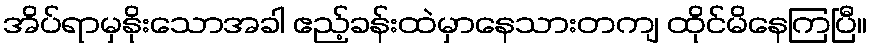
အိပ်ရာမှနိုးသောအခါ ဧည့်ခန်းထဲမှာနေသားတကျ ထိုင်မိနေကြပြီ။